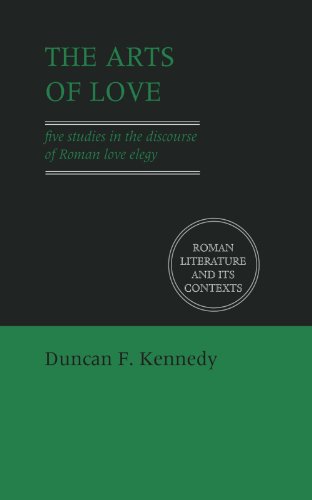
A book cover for The Arts of Love: Five Studies in the Discourse of Roman Love Elegy (Roman Literature and its Contexts); Duncan F. Kennedy; Literature & Fiction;